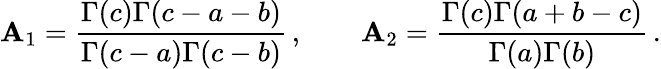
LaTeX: \mathbf{A}_{1}={\frac{{\Gamma(c)\Gamma(c-a-b)}}{{\Gamma(c-a)\Gamma(c-b)}}}\, ,\qquad\mathbf{A}_{2}={\frac{{\Gamma(c)\Gamma(a+b-c)}}{{\Gamma(a)\Gamma(b)}}}\, .